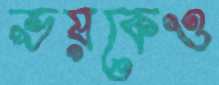
ভয়কেও